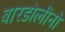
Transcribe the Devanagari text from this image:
बारडोलीनो